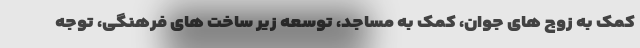
کمک به زوج های جوان، کمک به مساجد، توسعه زیر ساخت های فرهنگی، توجه